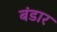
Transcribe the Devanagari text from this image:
बंडार